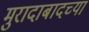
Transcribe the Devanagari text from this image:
मुरादाबादच्या